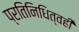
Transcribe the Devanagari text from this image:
प्रतिनिधित्वही